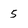
Character: 5